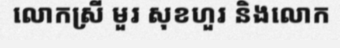
លោកស្រី មួរ សុខហួរ និងលោក